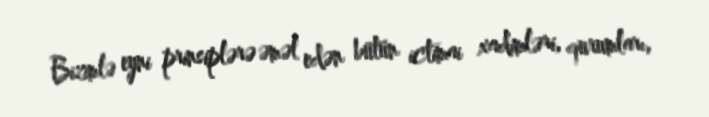
Bizimlə eyni prinsiplərə əməl edən bütün ictimai xadimləri, qurumları,